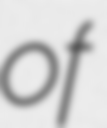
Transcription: of